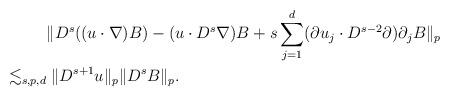
LaTeX: \begin{align*}& \| D^s ((u\cdot \nabla )B) - (u\cdot D^s \nabla)B + s \sum_{j=1}^d ( \partial u_j \cdot D^{s-2} \partial)\partial_j B \|_p \\\lesssim_{s,p,d}&\; \| D^{s+1} u \|_p \| D^s B\|_p.\end{align*}